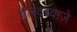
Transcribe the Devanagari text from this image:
चोरदरवाज़े